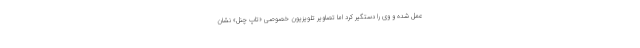
عمل شده و وی را دستگیر کرد اما تصاویر تلویزیون خصوصی «تاپ چنل» نشان